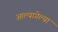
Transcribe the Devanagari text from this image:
आल्यागेल्या